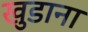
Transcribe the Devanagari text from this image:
खुडाना